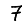
Digit: 7